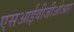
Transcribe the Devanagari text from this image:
एसआईवीजीओआर